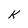
Character: K